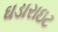
ઘડારાઇટ